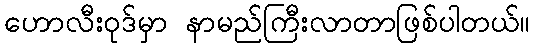
ဟောလီးဝုဒ်မှာ နာမည်ကြီးလာတာဖြစ်ပါတယ်။